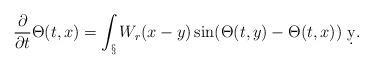
LaTeX: \begin{align*} \frac{\partial}{\partial t}\Theta(t,x) = \int_\S W_r(x-y) \sin(\Theta(t,y)-\Theta(t,x))\ \d y.\end{align*}